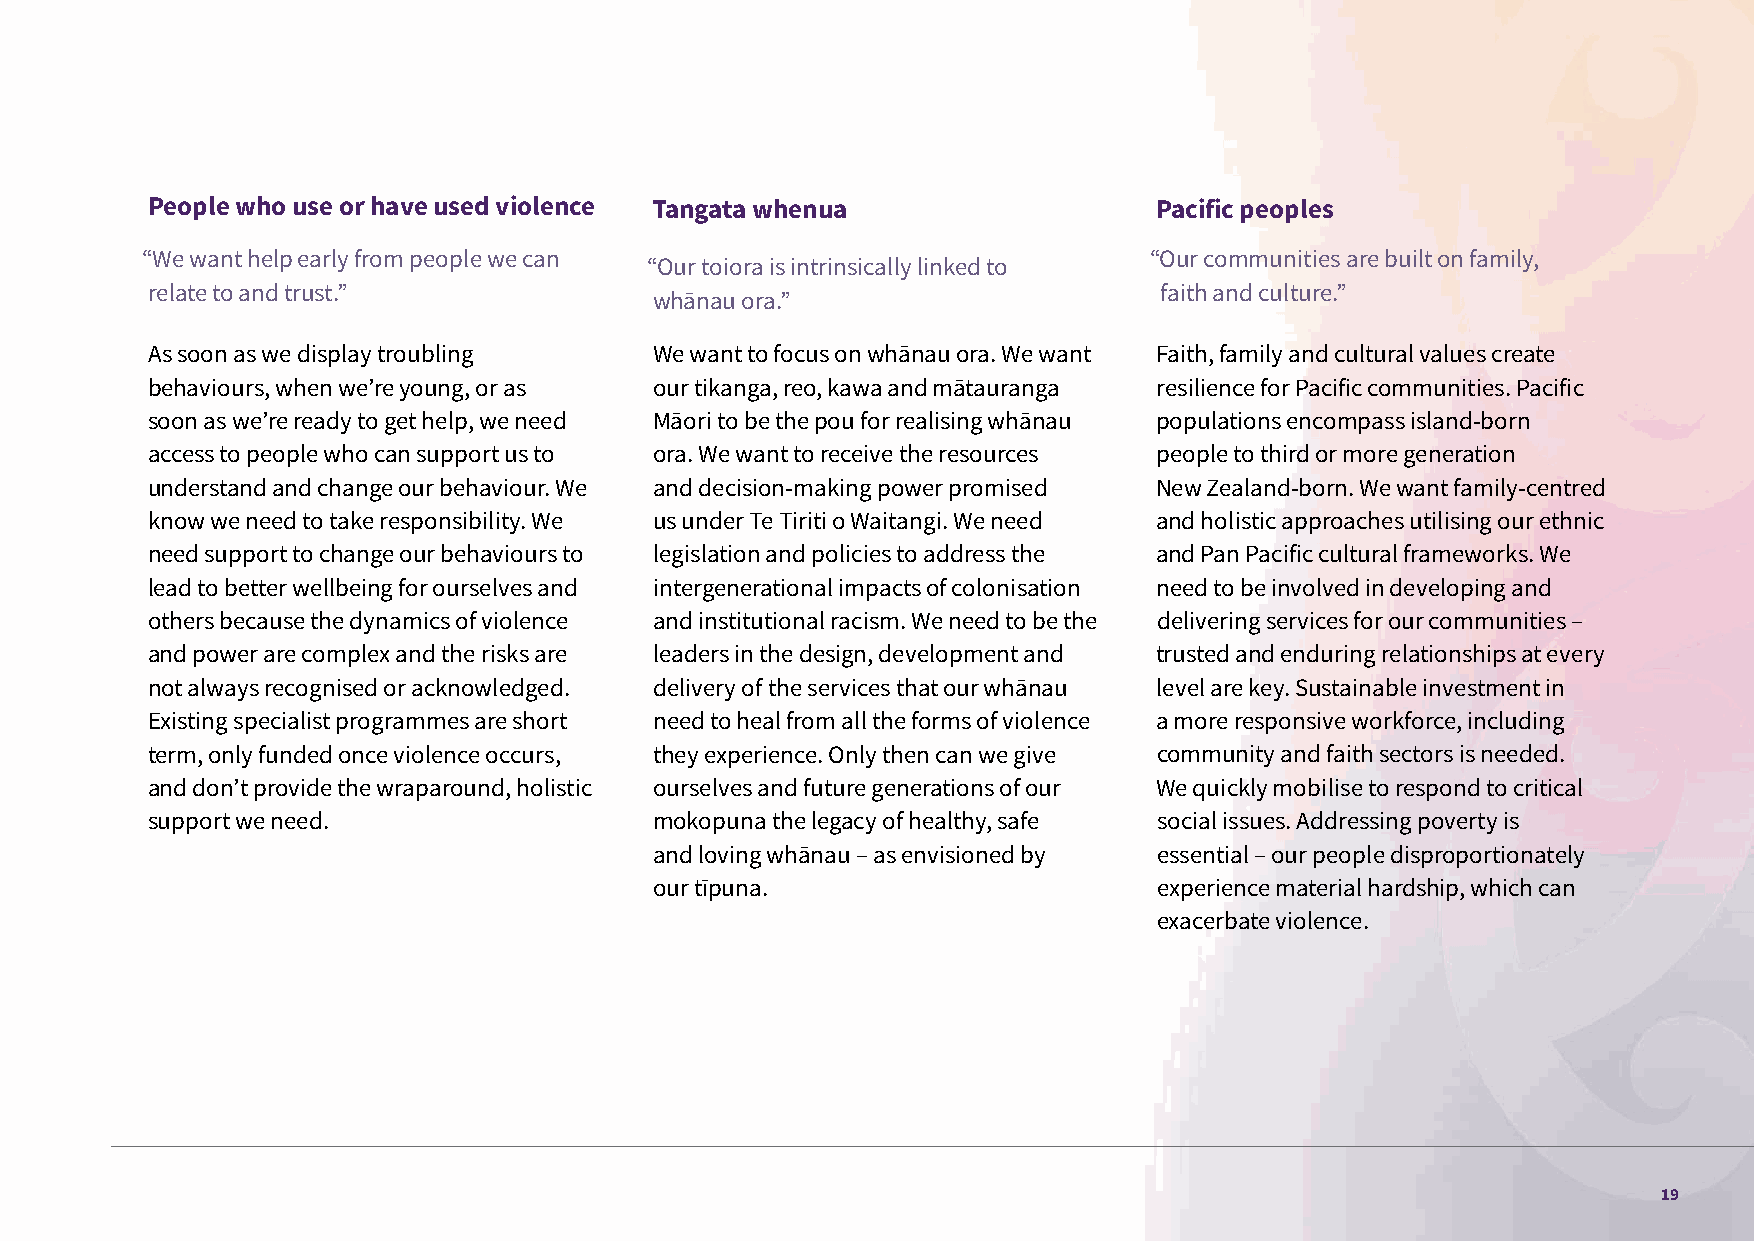
People who use or have used violence Tangata whenua                Pacific peoples
 “We want help early from people we can                             “Our communities are built on family,
 “Our toiora is intrinsically linked to
 relate to and trust.”                                              faith and culture.”
 whānau ora.”
 As soon as we display troubling  We want to focus on whānau ora. We want Faith, family and cultural values create
 behaviours, when we’re young, or as our tikanga, reo, kawa and mātauranga resilience for Pacific communities. Pacific
 soon as we’re ready to get help, we need Māori to be the pou for realising whānau populations encompass island-born
 access to people who can support us to ora. We want to receive the resources people to third or more generation
 understand and change our behaviour. We and decision-making power promised New Zealand-born. We want family-centred
 know we need to take responsibility. We us under Te Tiriti o Waitangi. We need and holistic approaches utilising our ethnic
 need support to change our behaviours to legislation and policies to address the and Pan Pacific cultural frameworks. We
 lead to better wellbeing for ourselves and intergenerational impacts of colonisation need to be involved in developing and
 others because the dynamics of violence and institutional racism. We need to be the delivering services for our communities –
 and power are complex and the risks are leaders in the design, development and trusted and enduring relationships at every
 not always recognised or acknowledged. delivery of the services that our whānau level are key. Sustainable investment in
 Existing specialist programmes are short need to heal from all the forms of violence a more responsive workforce, including
 term, only funded once violence occurs, they experience. Only then can we give community and faith sectors is needed.
 and don’t provide the wraparound, holistic ourselves and future generations of our We quickly mobilise to respond to critical
 support we need.                 mokopuna the legacy of healthy, safe social issues. Addressing poverty is
 and loving whānau – as envisioned by essential – our people disproportionately
 our tīpuna.                       experience material hardship, which can
 exacerbate violence.
 19